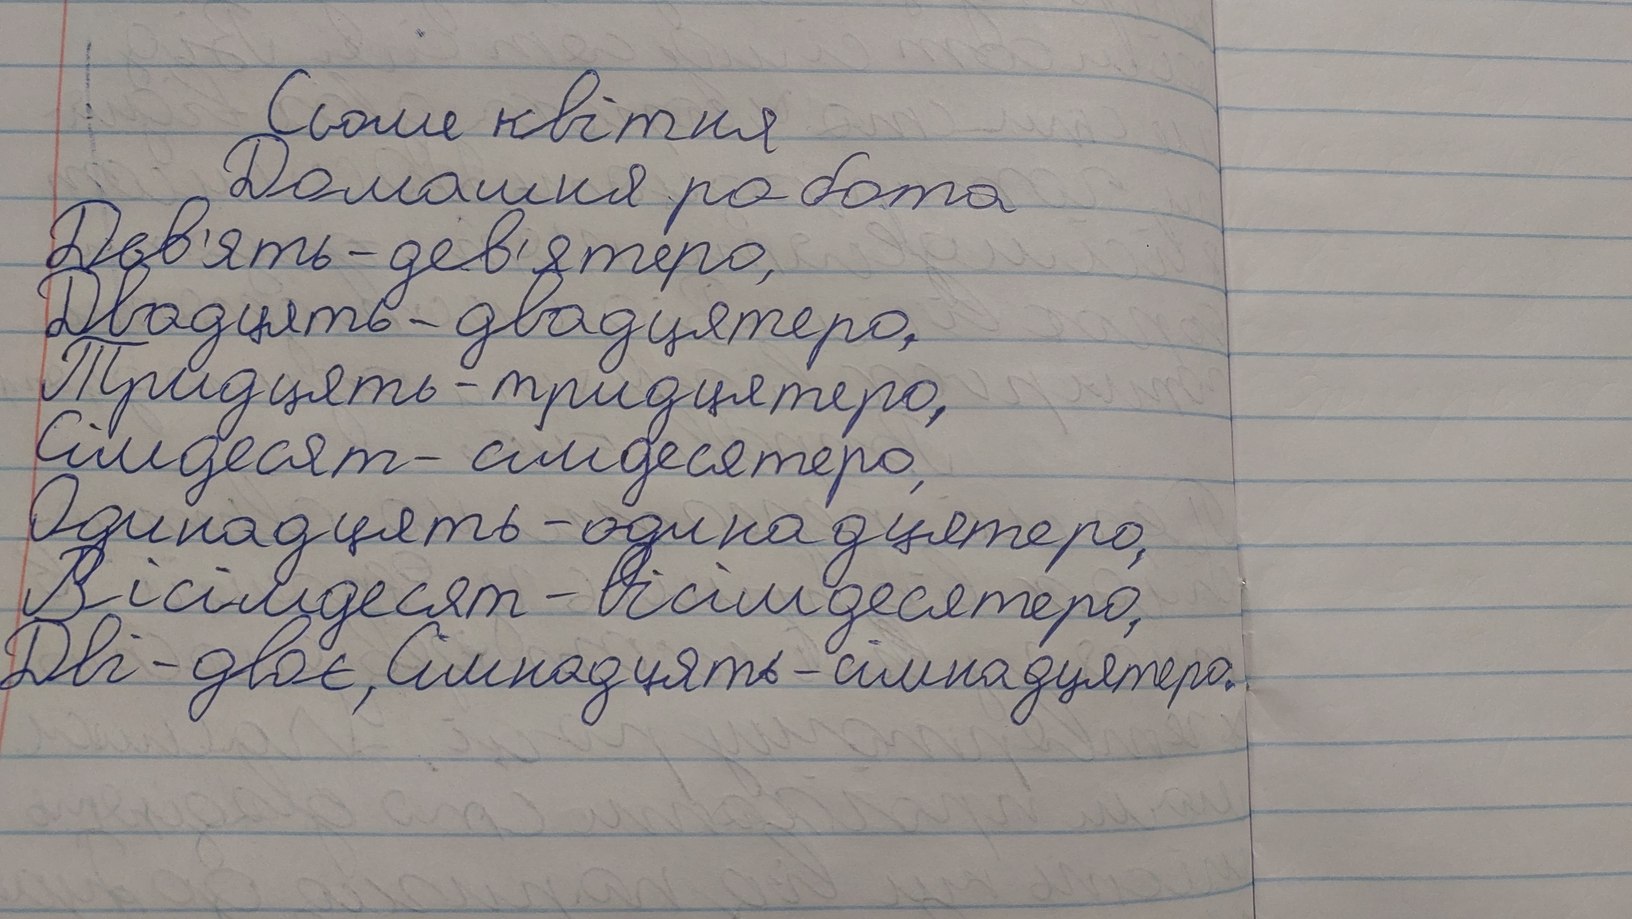
Сьоме квітня
Домашня робота
Дев'ять - дев'ятеро,
Двадцять - двадцятеро,
Тридцять - тридцятеро,
сімдесят-сімдесятеро,
Одинадцять - одинадцятеро,
Вісімдесят - вісімдесятеро,
Дві - двоє, Сімнадцять - сімнадцятеро.